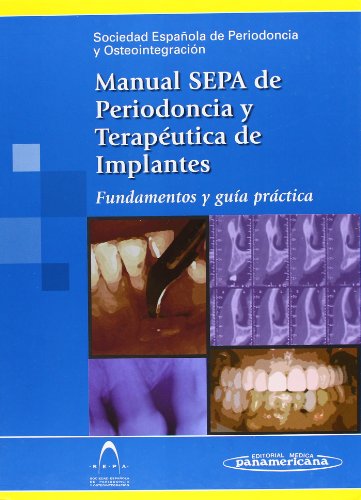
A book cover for Manual SEPA de Periodoncia y TerapEEeutica de implantes (Spanish Edition); Sociedad EspaÃ±ola de Periodoncia y Osteointegracion (SEPA); Medical Books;